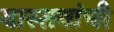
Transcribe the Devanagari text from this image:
वास्तवांची